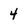
Character: 4